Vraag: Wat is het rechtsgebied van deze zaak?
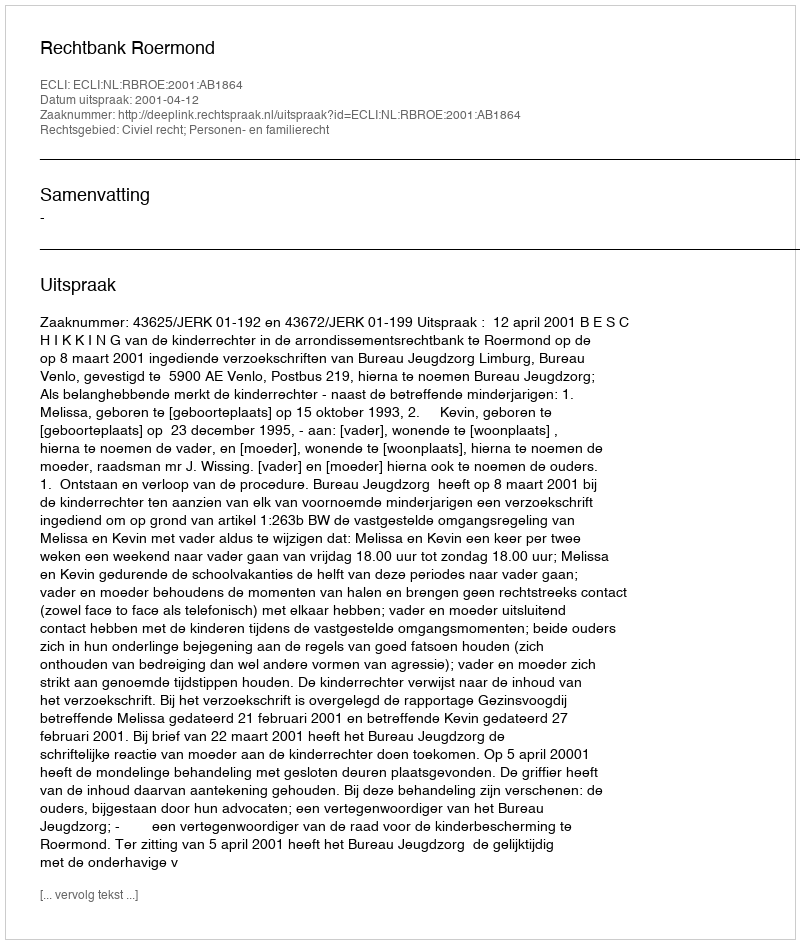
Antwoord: Civiel recht; Personen- en familierecht